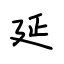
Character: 延